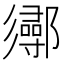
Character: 𨟌